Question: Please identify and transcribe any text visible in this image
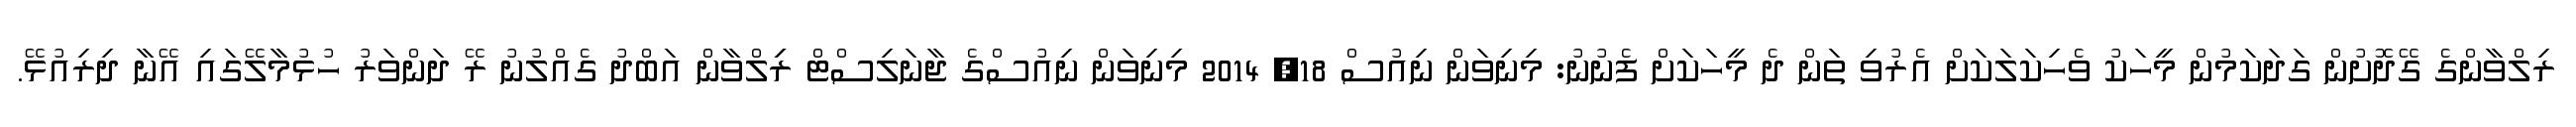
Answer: ރިލްވާންގެ ގޭދޮށުން ގަދަކަމުން މީހަކު ވެހިކަލަކަށް އެރުވި ތަން ދެ މީހަކަށް ފެނުނު: މިނިވަން ނިއުސް 18, 2014 މިނިވަން ނިއުސްގެ ޖާނަލިސްޓް ރިިލްވާން އަބްދު ގެއްލުނު ރޭ ދަންވަރު ހުޅުމާލޭގައި އޭނާ ދިރިއުޅޭ.